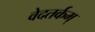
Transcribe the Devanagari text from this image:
वेदतर्कम्